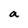
Character: a